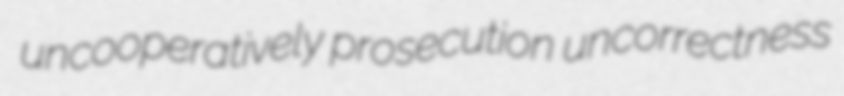
uncooperatively prosecution uncorrectness